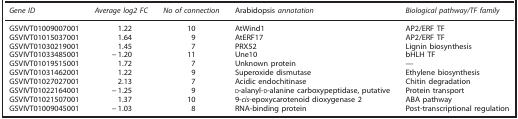
<table><thead><tr><td><b><i>Gene ID</i></b></td><td><b><i>Average log2 FC</i></b></td><td><b><i>No of connection</i></b></td><td><b>Arabidopsis<i> annotation</i></b></td><td><b><i>Biological pathway/TF family</i></b></td></tr></thead><tbody><tr><td>GSVIVT01009007001</td><td>1.22</td><td>10</td><td>AtWind1</td><td>AP2/ERF TF</td></tr><tr><td>GSVIVT01015037001</td><td>1.64</td><td>9</td><td>AtERF17</td><td>AP2/ERF TF</td></tr><tr><td>GSVIVT01030219001</td><td>1.45</td><td>7</td><td>PRX52</td><td>Lignin biosynthesis</td></tr><tr><td>GSVIVT01033485001</td><td>−1.20</td><td>11</td><td>Une10</td><td>bHLH TF</td></tr><tr><td>GSVIVT01019515001</td><td>1.72</td><td>7</td><td>Unknown protein</td><td>—</td></tr><tr><td>GSVIVT01031462001</td><td>1.22</td><td>9</td><td>Superoxide dismutase</td><td>Ethylene biosynthesis</td></tr><tr><td>GSVIVT01027027001</td><td>2.13</td><td>7</td><td>Acidic endochitinase</td><td>Chitin degradation</td></tr><tr><td>GSVIVT01022164001</td><td>−1.25</td><td>9</td><td>d-alanyl-d-alanine carboxypeptidase, putative</td><td>Protein transport</td></tr><tr><td>GSVIVT01021507001</td><td>1.37</td><td>10</td><td>9-<i>cis</i>-epoxycarotenoid dioxygenase 2</td><td>ABA pathway</td></tr><tr><td>GSVIVT01009045001</td><td>−1.03</td><td>8</td><td>RNA-binding protein</td><td>Post-transcriptional regulation</td></tr></tbody></table>